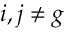
{ i , j } \neq g